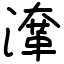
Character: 㵮